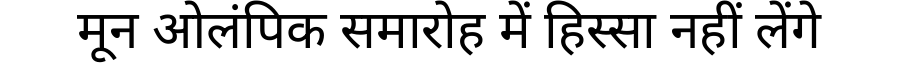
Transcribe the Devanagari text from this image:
मून ओलंपिक समारोह में हिस्सा नहीं लेंगे